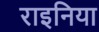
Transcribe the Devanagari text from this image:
राइनिया